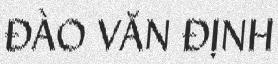
ĐÀO VĂN ĐỊNH